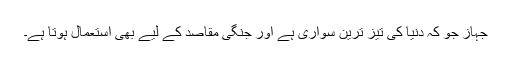
جہاز جو کہ دنیا کی تیز ترین سواری ہے اور جنگی مقاصد کے لیے بھی استعمال ہوتا ہے۔